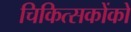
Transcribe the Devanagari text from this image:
चिकित्सकोंको